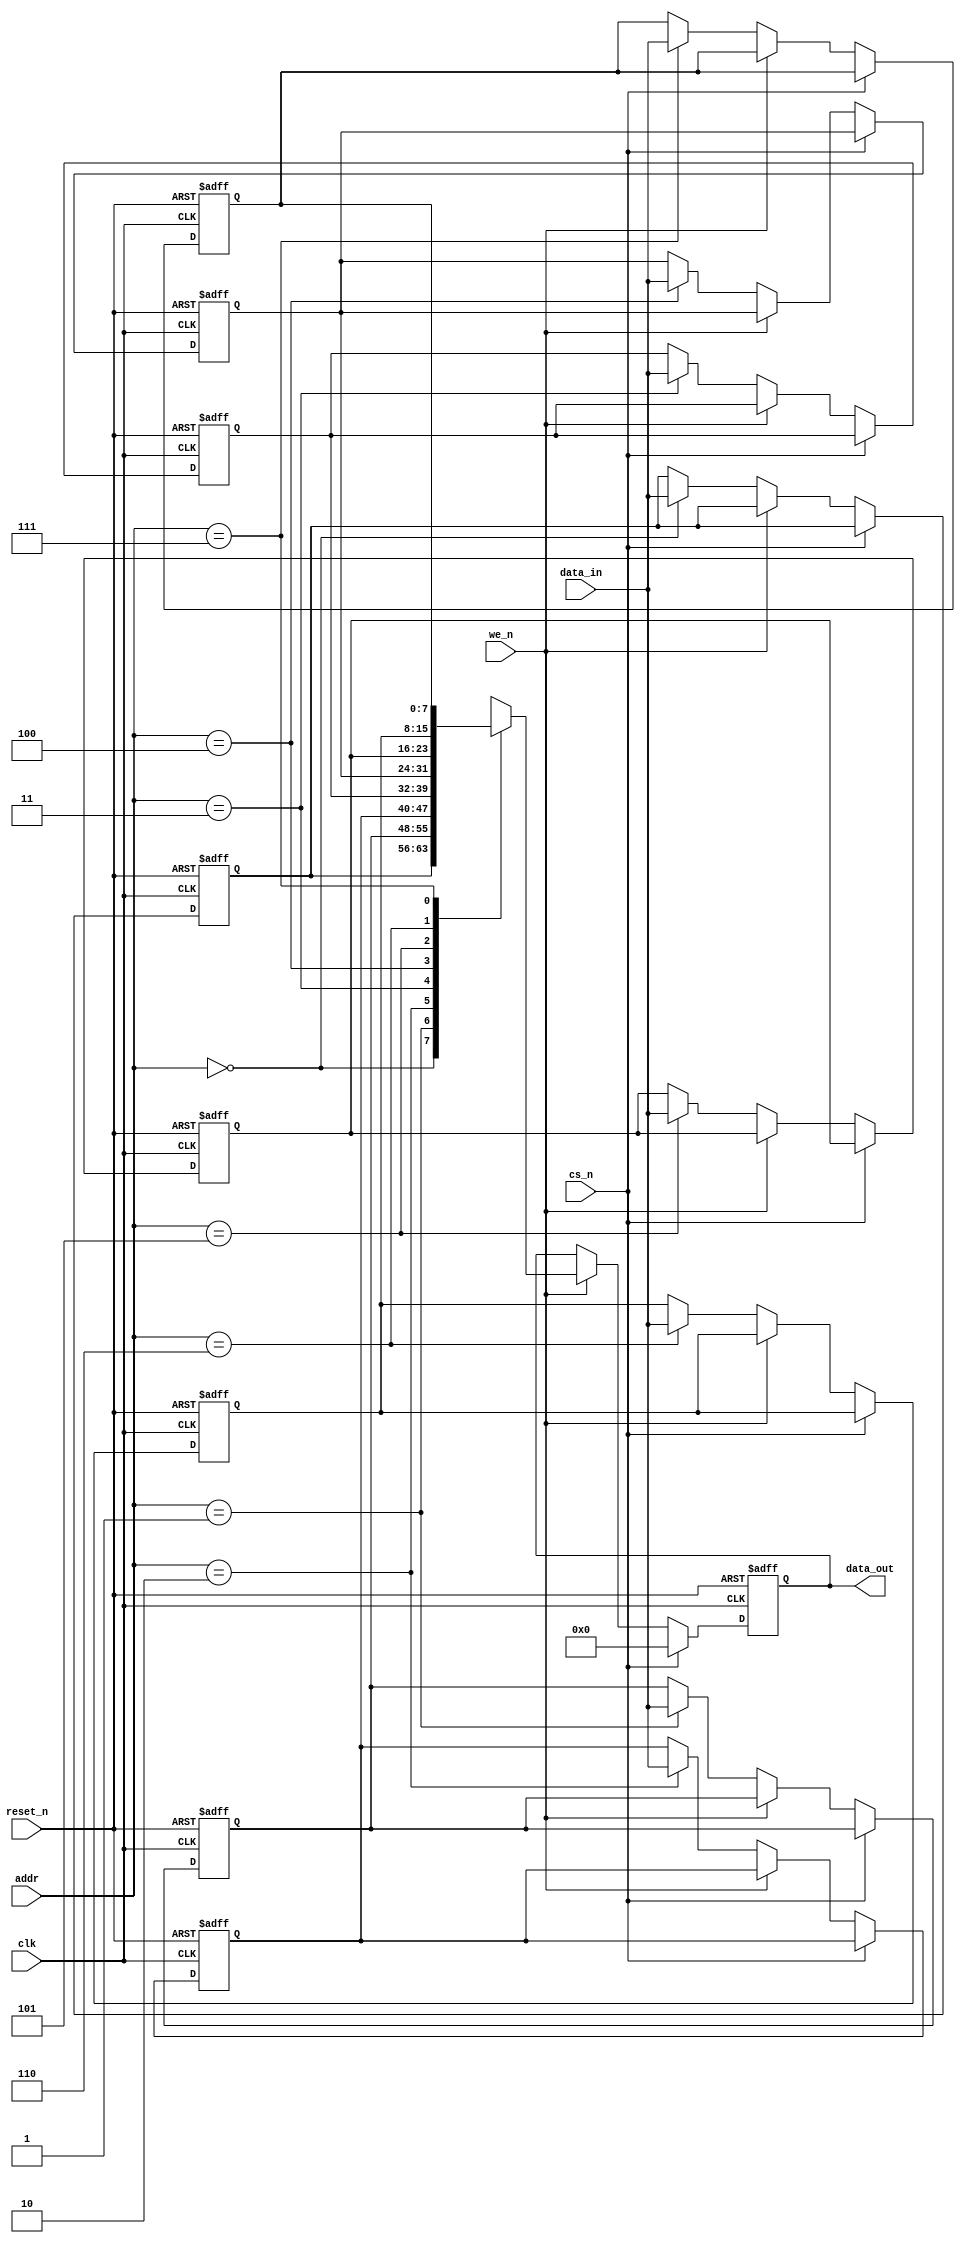
/**********RAM***************

1cs_ncs_ncs_n0
      2we_nwe_nwe_n
      3ram8*8=64bit
*********************************/
module ram_single #(parameter WIDTH=8,DEPTH=8)
(clk,reset_n,cs_n,we_n,addr,data_in,data_out);

input wire clk,reset_n,cs_n,we_n;
input wire [2:0] addr; 
input wire [WIDTH-1:0] data_in;
output reg [WIDTH-1:0] data_out;

reg [WIDTH-1:0] ram [DEPTH-1:0];    //
integer i;

always@(posedge clk,negedge reset_n)
 begin
    if(!reset_n) begin
	    data_out <= 0;
	    for(i=0;i < WIDTH;i=i+1)
	        ram[i] <= 0;
	end
    else if(!cs_n) begin
        if(!we_n) ram[addr] <= data_in;
        else data_out <= ram[addr];		
	end
    else begin
	    data_out <= 0;
	end
 end

endmodule